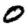
Digit: 0